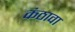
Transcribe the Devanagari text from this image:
कंठावा